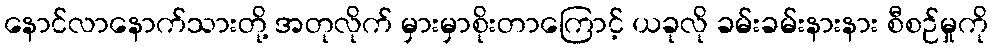
နောင်လာနောက်သားတို့ အတုလိုက် မှားမှာစိုးတာကြောင့် ယခုလို ခမ်းခမ်းနားနား စီစဉ်မှုကို